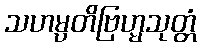
သဟမ္ပတိဗြဟ္မသုတ္တံ